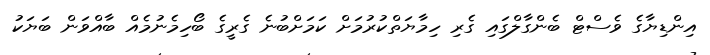
އިންޑިޔާގެ ވެސްޓް ބެންގާލްގައި ގެރި ހިމާޔަތްކުރުމަށް ކަމަށްބުނެ ގެރީގެ ބޯހިމެނުމެއް ބާއްވަން ބަޔަކު